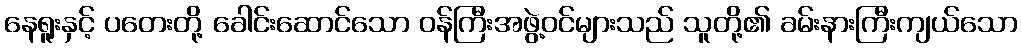
နေရူးနှင့် ပတေးတို့ ခေါင်းဆောင်သော ဝန်ကြီးအဖွဲ့ဝင်များသည် သူတို့၏ ခမ်းနားကြီးကျယ်သော